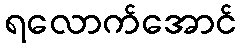
ရလောက်အောင်